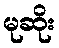
မုဆိုး